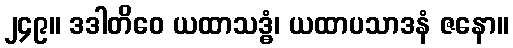
၂၄၉။ ဒဒါတိဝေ ယထာသဒ္ဓံ၊ ယထာပသာဒနံ ဇနော။